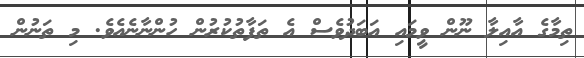
ތިމާގެެ އާއިލާ ނޫން ވީމައި އަބަދުވެސް އެ ތަފާތުކުރުން ހުންނާނެއެވެ. މި ތަނުން